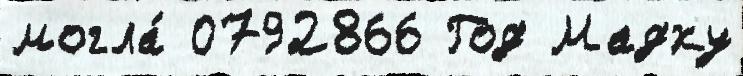
могла́ 0792866 Год Мадху